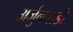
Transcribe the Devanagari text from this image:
अर्जुनवाडी